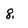
Character: 8